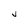
Character: V